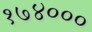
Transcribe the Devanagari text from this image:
१७४०००